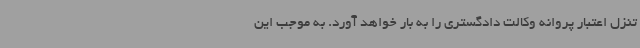
تنزل اعتبار پروانه وکالت دادگستری را به بار خواهد آورد. به موجب این